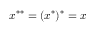
x ^ { * * } = ( x ^ { * } ) ^ { * } = x